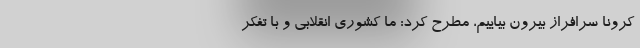
کرونا سرافراز بیرون بیاییم، مطرح کرد: ما کشوری انقلابی و با تفکر